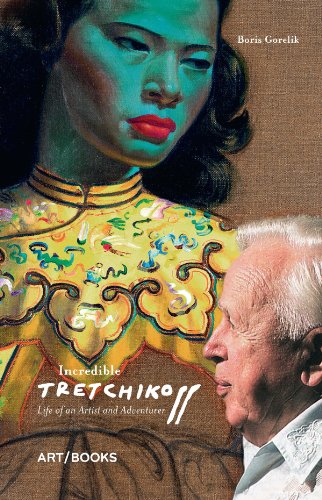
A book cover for Incredible Tretchikoff: Life of an Artist and Adventurer; Boris Gorelik; Arts & Photography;